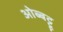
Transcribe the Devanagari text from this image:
ओब्बट्टू